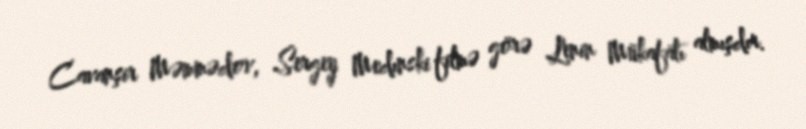
Cavanşir Məmmədov, Sergey Medınski filmə görə Lenin Mükafatı almışdır.